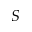
S